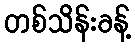
တစ်သိန်းခန့်